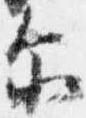
示